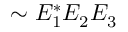
\sim \ensuremath { { \cal E } } _ { 1 } ^ { \ast } \ensuremath { { \cal E } } _ { 2 } ^ { } \ensuremath { { \cal E } } _ { 3 } ^ { }